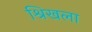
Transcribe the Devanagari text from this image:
श्रिखला